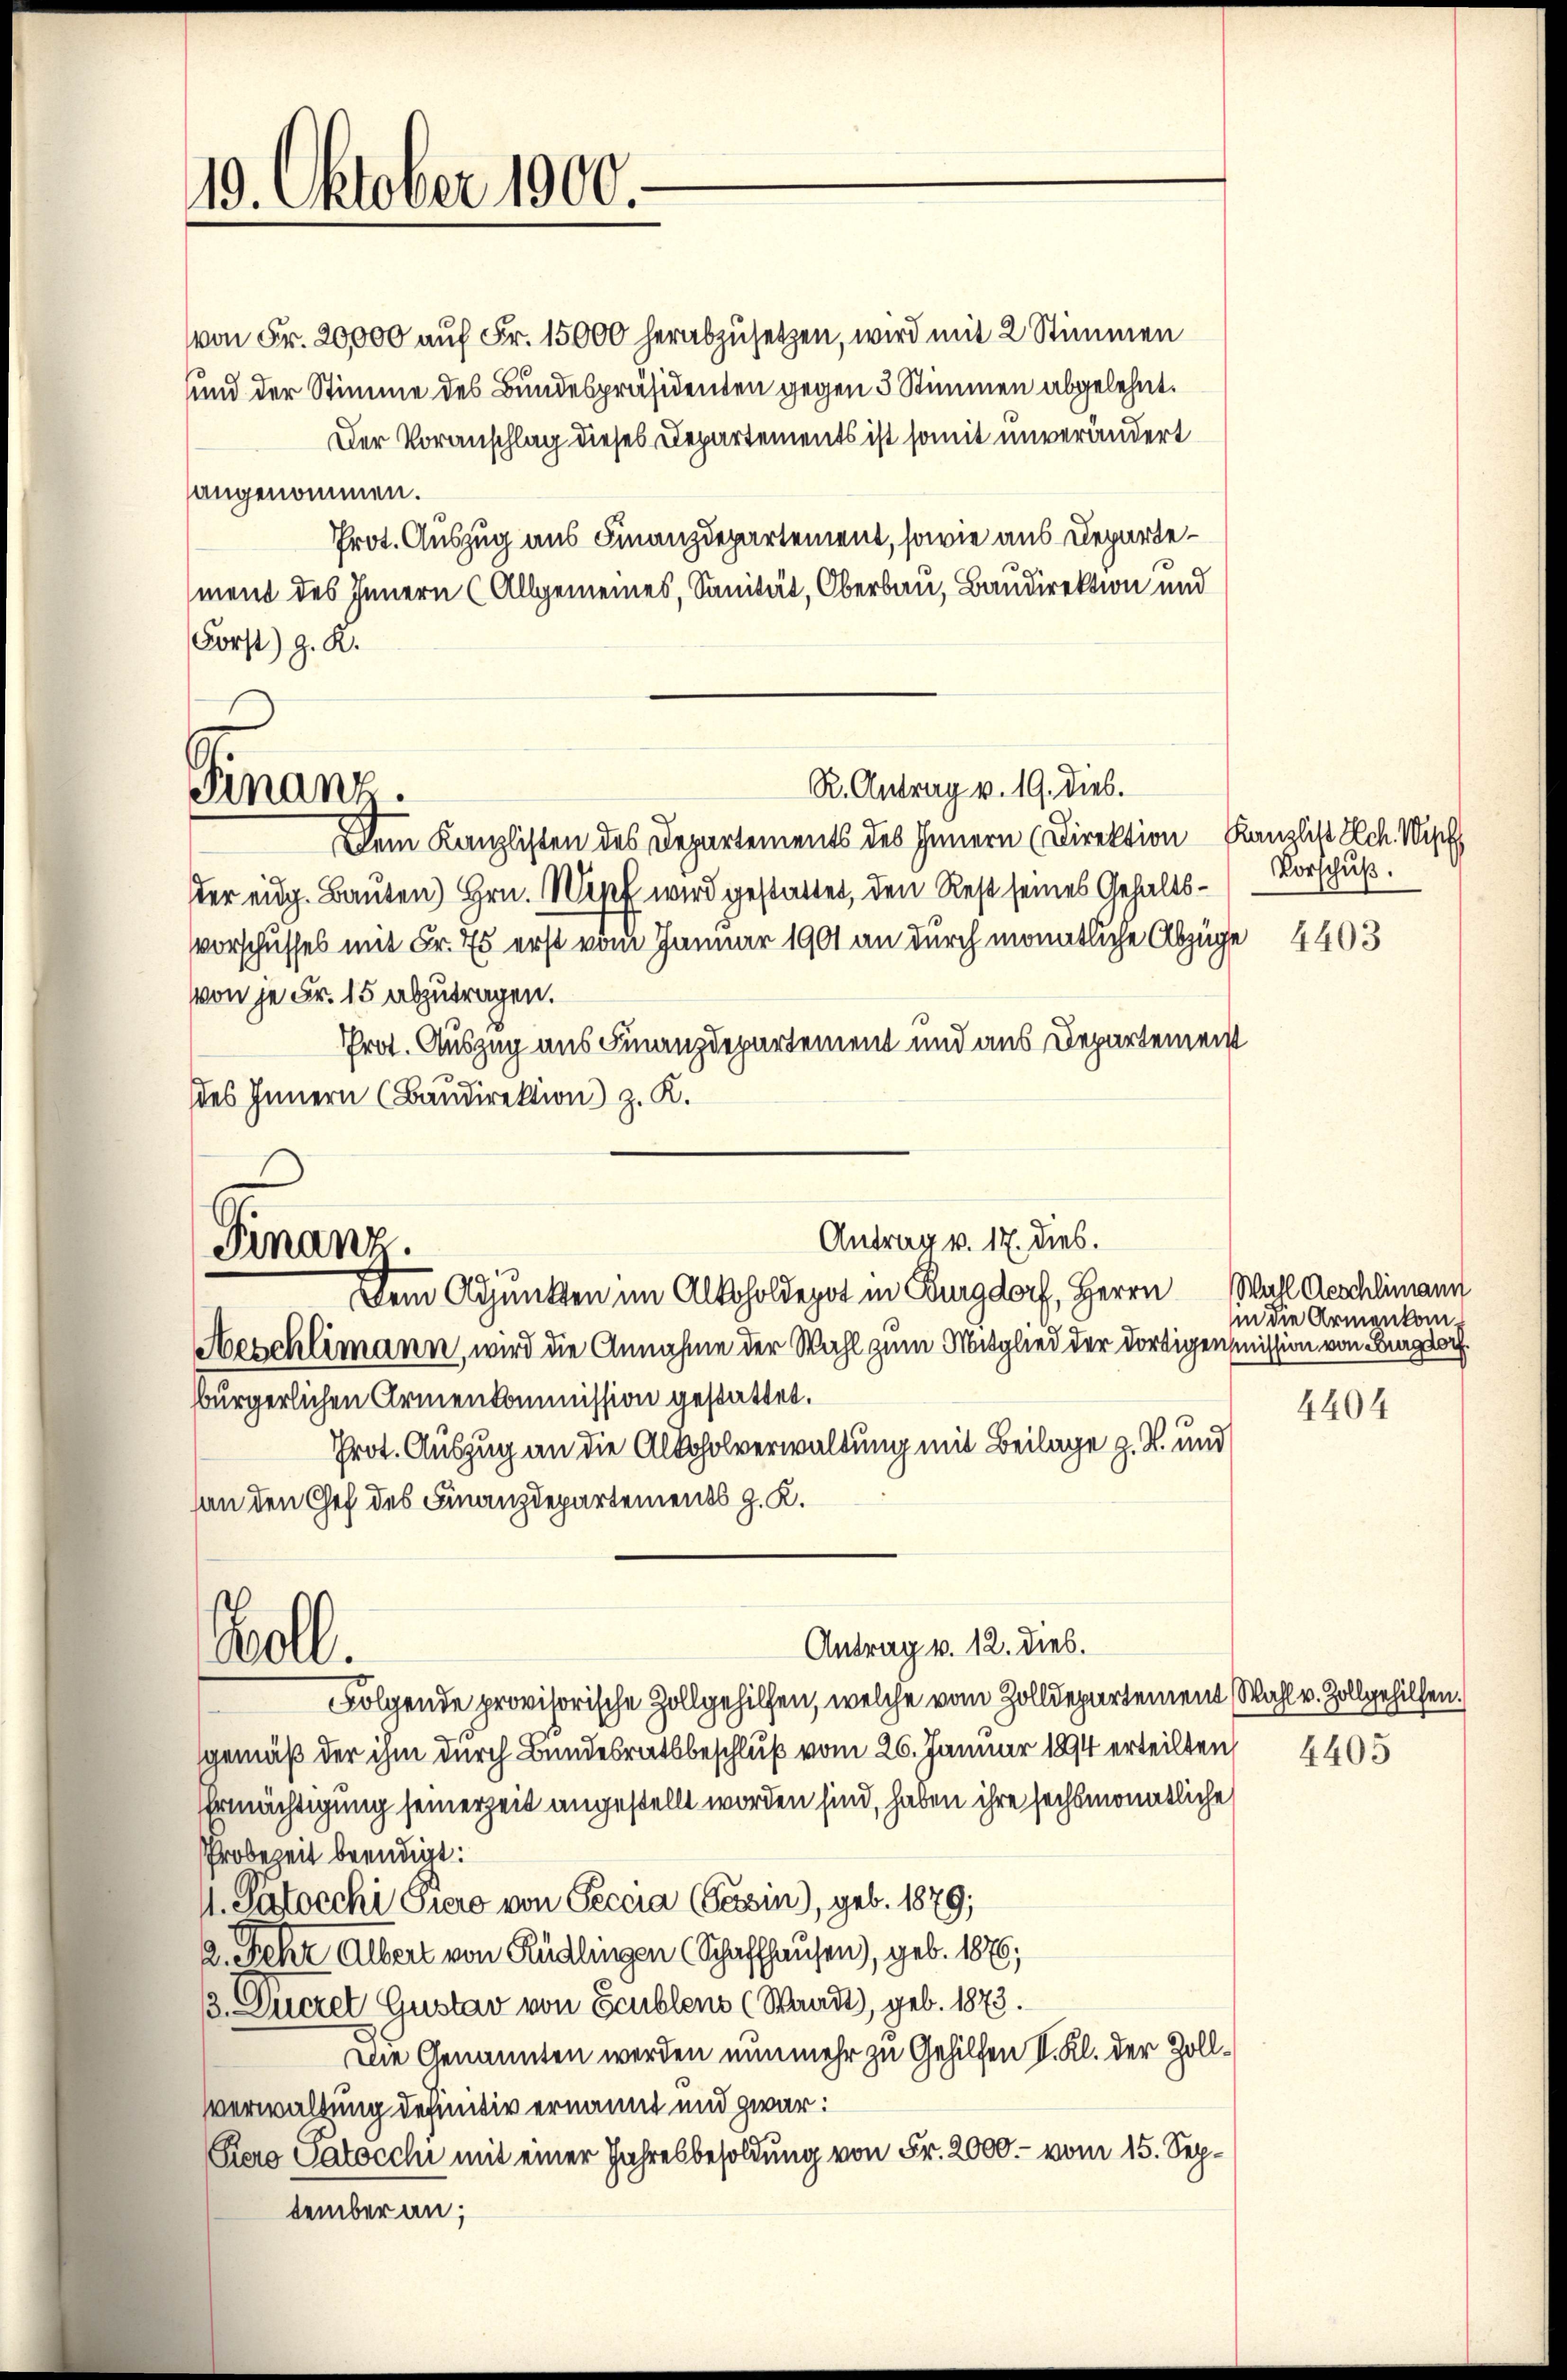
19. Oktober 1900.

von Fr. 20000 auf Fr. 15000 herabzusetzen, wird mit 2 Stimmen
und der Stimme des Bundespräsidenten gegen 3 Stimmen abgelehnt.
Der Voranschlag dieses Departements ist somit unverändert
angenommen.
Prot. Auszug aus Finanzdepartement, sowie aus Departement des Innern (Allgemeines, Sanität, Oberbau, Baudirektion und
Forst) z. R.
R. Antrag v. 19. dies.
Finanz.
Dem Kanzlisten des Departements des Innern (Direktion Kanzlist Sch. Wipf
dter eidg. Bauten) Hrn. Wipf wird gestattet, den Rest seines Gehaltsvorschusses mit Fr. 75 erst vom Januar 1901 an durch monatliche Abzüge 4403
von je Fr. 15 abzutragen.
Prot. Auszug aus Finanzdepartement und aus Departement
des Innern (Baudirektion z. K.

Antrag v. 17. dies.
Finanz.
Dem Adjunkten im Alkoholdepot in Burgdorf, Herrn

Boll.

Aeschlimann, wird die Annahme der Wahl zum Mitglied der dortigensmission von Burgdorf
bürgerlichen Armenkommission gestattet.
Prot. Auszug an die Alkoholverwaltung mit Beilage z. R. und
an den Chef des Finanzdepartements z. K.
Folgende provisorische Zollgehilfen, welche vom Zolldepartement Wahl v. Zollgehilfen.
gemäß der ihm durch Bundesratsbeschluß vom 26. Januar 194 erteilten
Ermächtigung seinerzeit angestellt worden sind, haben ihre sechsmonatliche
Probezeit beendigt:
M. Patocchi Giro von Peccia Cessin), geb. 1879;
2. Fehr Albert von Rüdlingen (Schaffhausen), geb. 1876;
3. Duczet Gustav von Schlens (Waadt, geb. 1873.
Die Genannten werden nunmehr zu Gehilfen I. Kl. der Zollverwaltung definitiv ernannt und zwar:
Pero Patocchi mit einer Jahresbesoldung von Fr. 2000.- vom 15. September an;

Antrag v. 12. dies.

Vorschuß.

Wahl Aeschlimann
in die Armenkom¬

4404

4405